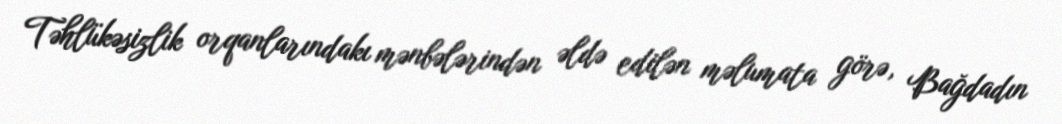
Təhlükəsizlik orqanlarındakı mənbələrindən əldə edilən məlumata görə, Bağdadın